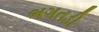
ભગતડી